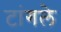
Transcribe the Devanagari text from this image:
टांगले